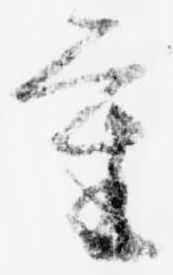
重